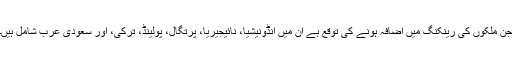
جن ملکوں کی رینکنگ میں اضافہ ہونے کی توقع ہے ان میں انڈونیشیا، نائیجیریا، پرتگال، پولینڈ، ترکی، اور سعودی عرب شامل ہیں۔